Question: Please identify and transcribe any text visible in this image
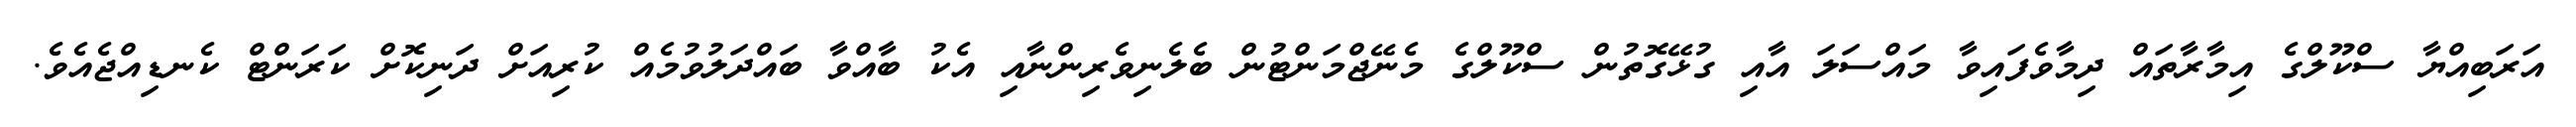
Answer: އަރަބިއްޔާ ސްކޫލްގެ އިމާރާތައް ދިމާވެފައިވާ މައްސަލަ އާއި ގުޅޭގޮތުން ސްކޫލްގެ މެނޭޖްމަންޓުން ބެލެނިވެރިންނާއި އެކު ބާއްވާ ބައްދަލުވުމެއް ކުރިއަށް ދަނިކޮށް ކަރަންޓް ކެނޑިއްޖެއެވެ.